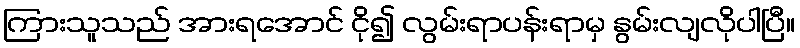
ကြားသူသည် အားရအောင် ငို၍ လွမ်းရာပန်းရာမှ နွမ်းလျလိုပါပြီ။